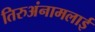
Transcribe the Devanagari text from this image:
तिरुअंनामलाई